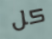
كل